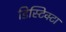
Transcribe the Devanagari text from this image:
डिस्टिक्टा